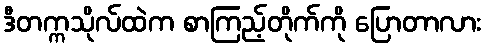
ဒီတက္ကသိုလ်ထဲက စာကြည့်တိုက်ကို ပြောတာလား